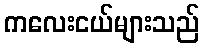
ကလေးငယ်များသည်